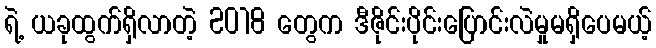
ရဲ့ ယခုထွက်ရှိလာတဲ့ 2018 တွေက ဒီဇိုင်းပိုင်းပြောင်းလဲမှုမရှိပေမယ့်